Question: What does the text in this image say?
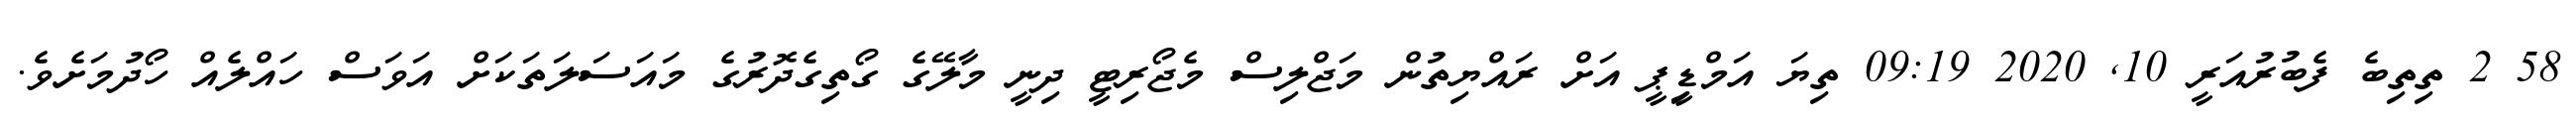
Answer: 58 2 ތިތިބެ ފެބުރުއަރީ 10, 2020 09:19 ތިޔަ އަމްޑިީޕީ އަށް ރައްޔިތުން މަޖްލިސް މެޖޯރިޓީ ދިނީ މާލޭގެ ގޯތިގެދޮރުގެ މައަސަލަތަކަށް އަވަސް ހައްލެއް ހޯދުމަށެވެ.